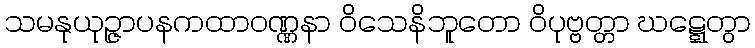
သမနုယုဉ္ဇာပနကထာဝဏ္ဏနာ ဝိသေနိဘူတော ဝိပုဗ္ဗတ္တာ ဃဋ္ဋေတွာ